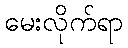
မေးလိုက်ရာ